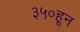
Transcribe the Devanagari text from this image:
३५०हून